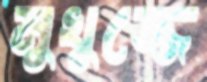
মুখুজ্জে